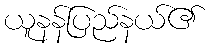
ယူနန်ပြည်နယ်၏